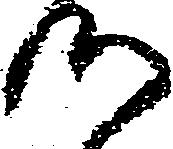
つ